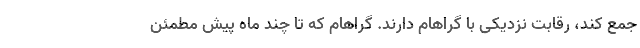
جمع کند، رقابت نزدیکی با گراهام دارند. گراهام که تا چند ماه پیش مطمئن